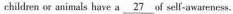
children or animals have a \underline { 2 7 } of self-awareness.